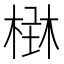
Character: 𣕑